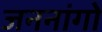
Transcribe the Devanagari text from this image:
जननांगो